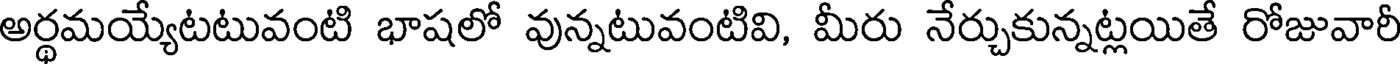
అర్థమయ్యేటటువంటి భాషలో వున్నటువంటివి, మీరు నేర్చుకున్నట్లయితే రోజువారీ